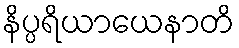
နိပ္ပရိယာယေနာတိ